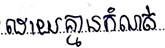
ដោយគ្មានការកំណត់